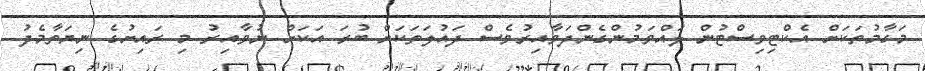
މަގާމުތަކަށް އެކްޓިވިސްޓުން ލައްވަމުންގެންދަވާއިރުވެސް ދައުލަތަކަށް ބުރަ އަކަށް ނުވާއިރު މި ރައިށުގެ ނިޔަތާމެދު